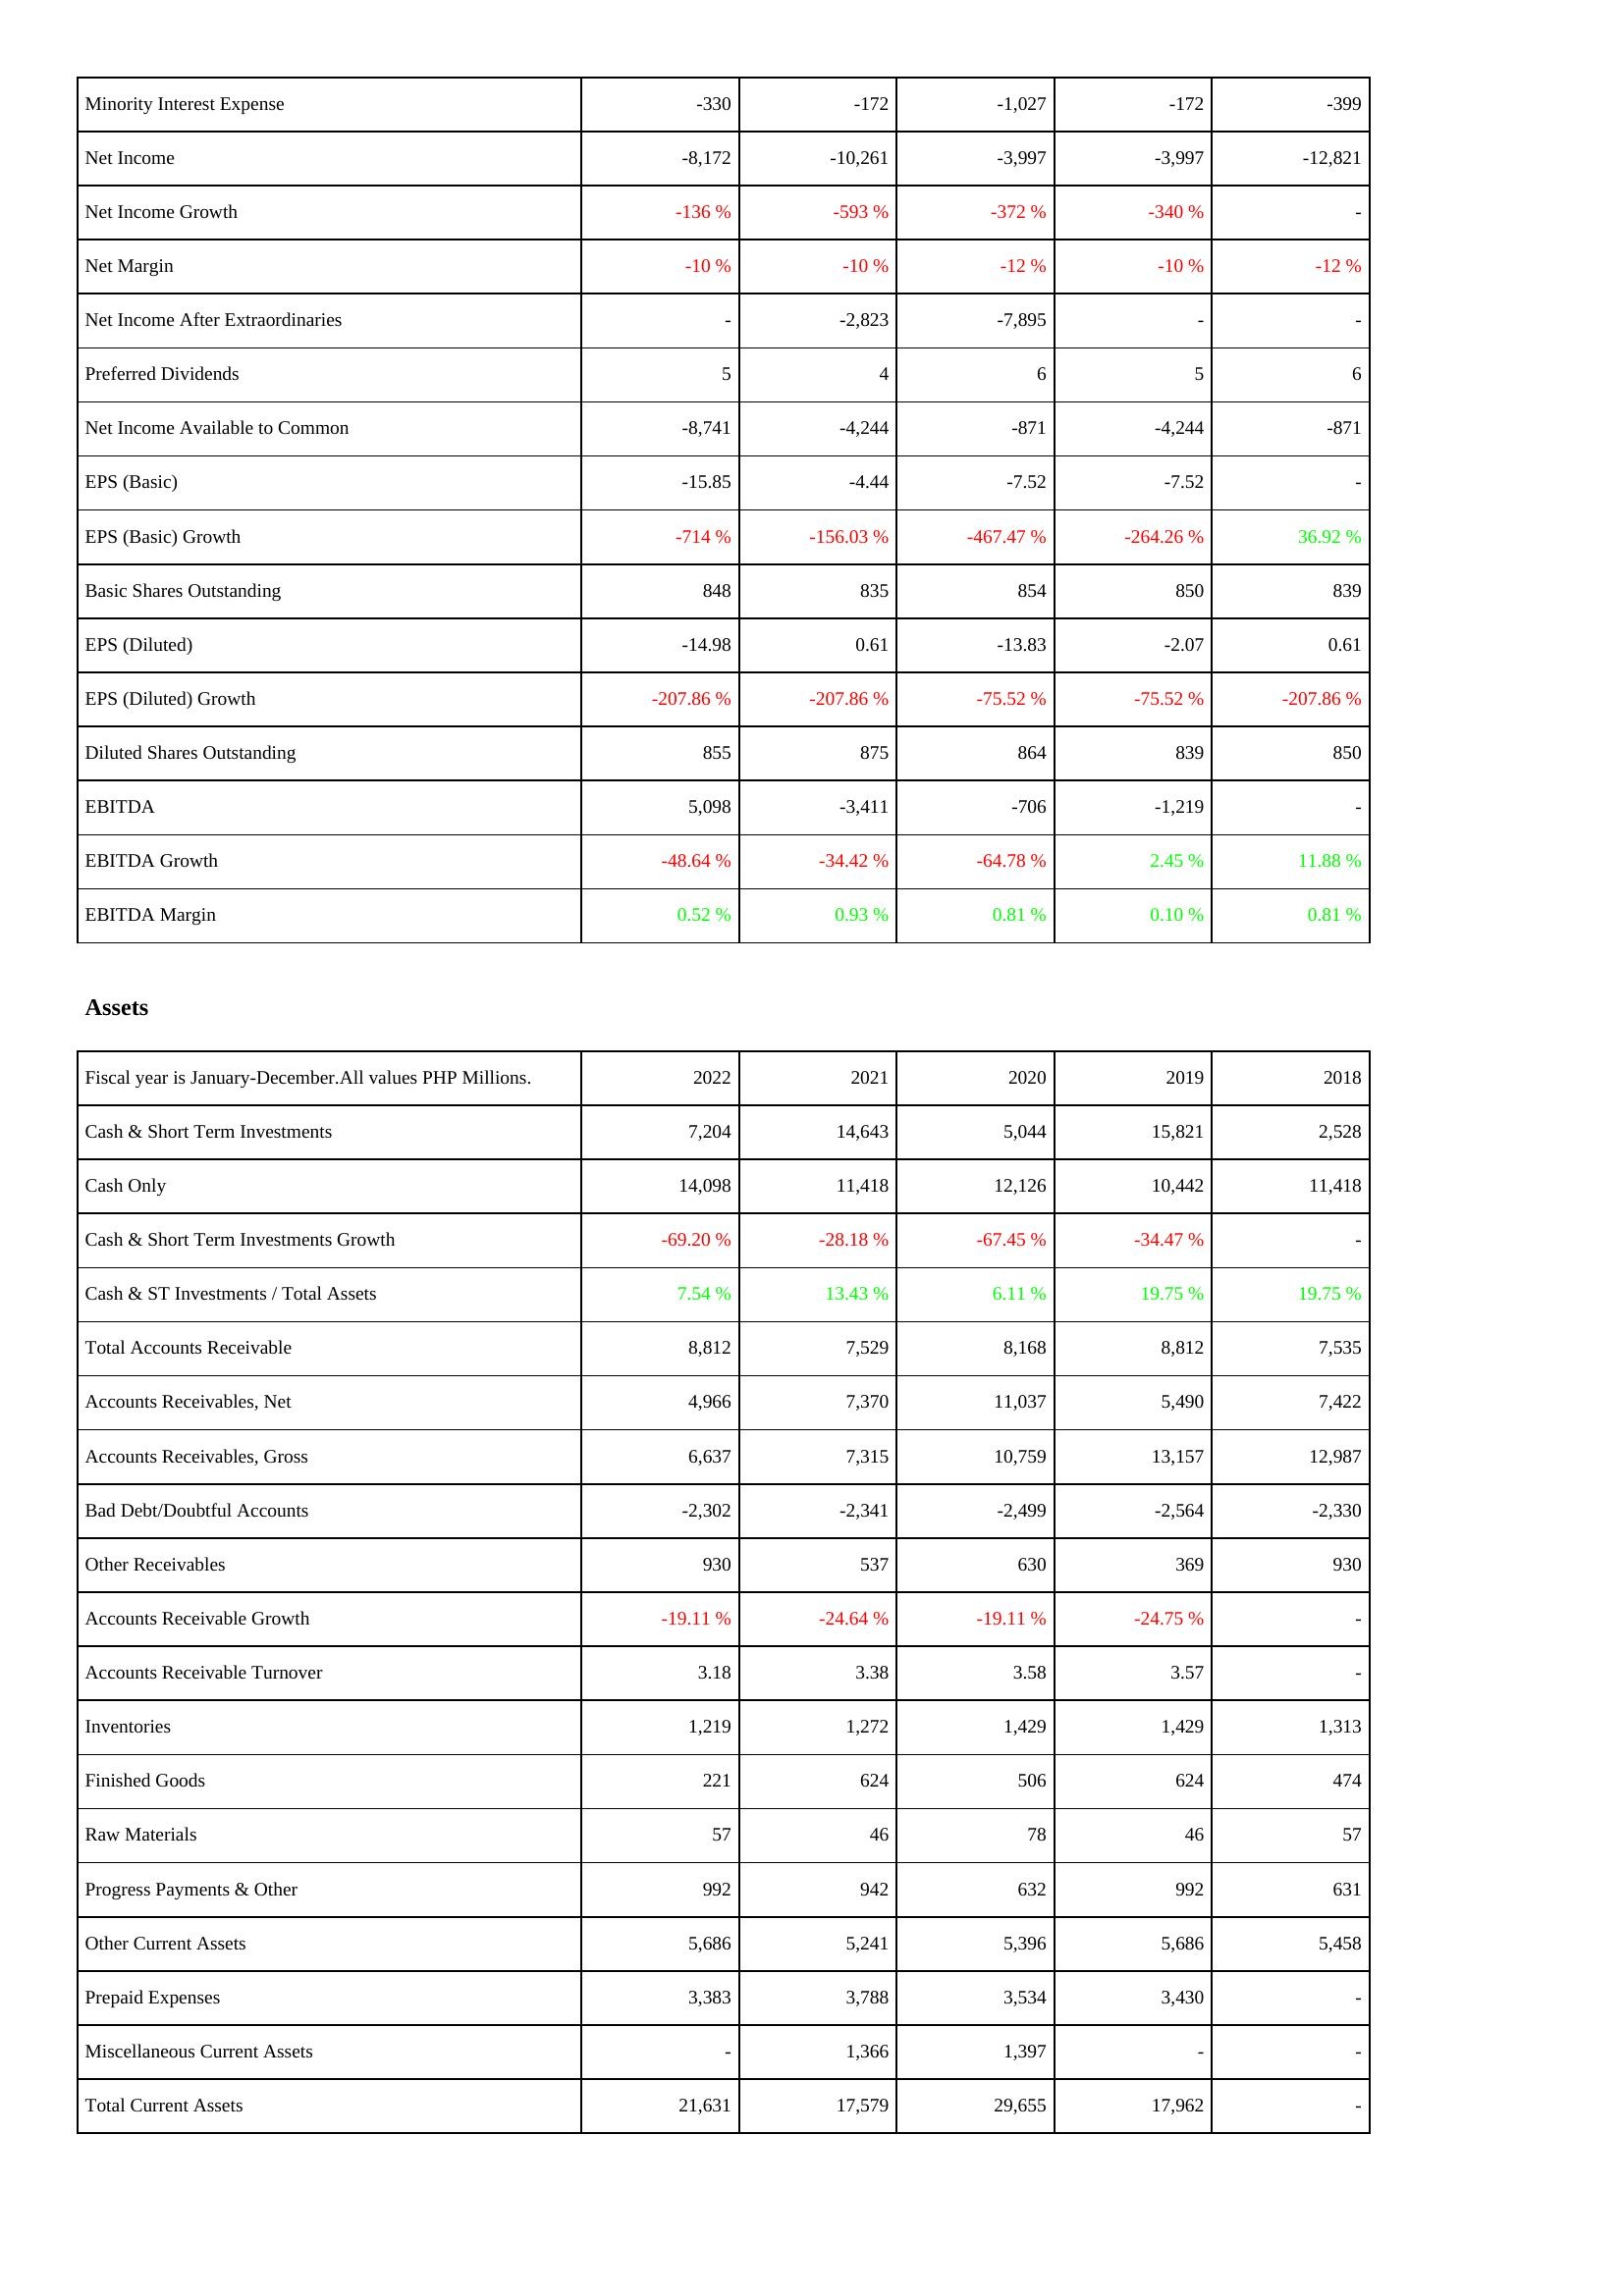
2022: Income Statement: Minority Interest Expense: -330
Net Income: -8,172
Net Income Growth: -136 %
Net Margin: -10 %
Net Income After Extraordinaries: -
Preferred Dividends: 5
Net Income Available to Common: -8,741
EPS (Basic): -15.85
EPS (Basic) Growth: -714 %
Basic Shares Outstanding: 848
EPS (Diluted): -14.98
EPS (Diluted) Growth: -207.86 %
Diluted Shares Outstanding: 855
EBITDA: 5,098
EBITDA Growth: -48.64 %
EBITDA Margin: 0.52 %
Assets: Cash & Short Term Investments: 7,204
Cash Only: 14,098
Cash & Short Term Investments Growth: -69.20 %
Cash & ST Investments / Total Assets: 7.54 %
Total Accounts Receivable: 8,812
Accounts Receivables, Net: 4,966
Accounts Receivables, Gross: 6,637
Bad Debt/Doubtful Accounts: -2,302
Other Receivables: 930
Accounts Receivable Growth: -19.11 %
Accounts Receivable Turnover: 3.18
Inventories: 1,219
Finished Goods: 221
Raw Materials: 57
Progress Payments & Other: 992
Other Current Assets: 5,686
Prepaid Expenses: 3,383
Miscellaneous Current Assets: -
Total Current Assets: 21,631
2021: Income Statement: Minority Interest Expense: -172
Net Income: -10,261
Net Income Growth: -593 %
Net Margin: -10 %
Net Income After Extraordinaries: -2,823
Preferred Dividends: 4
Net Income Available to Common: -4,244
EPS (Basic): -4.44
EPS (Basic) Growth: -156.03 %
Basic Shares Outstanding: 835
EPS (Diluted): 0.61
EPS (Diluted) Growth: -207.86 %
Diluted Shares Outstanding: 875
EBITDA: -3,411
EBITDA Growth: -34.42 %
EBITDA Margin: 0.93 %
Assets: Cash & Short Term Investments: 14,643
Cash Only: 11,418
Cash & Short Term Investments Growth: -28.18 %
Cash & ST Investments / Total Assets: 13.43 %
Total Accounts Receivable: 7,529
Accounts Receivables, Net: 7,370
Accounts Receivables, Gross: 7,315
Bad Debt/Doubtful Accounts: -2,341
Other Receivables: 537
Accounts Receivable Growth: -24.64 %
Accounts Receivable Turnover: 3.38
Inventories: 1,272
Finished Goods: 624
Raw Materials: 46
Progress Payments & Other: 942
Other Current Assets: 5,241
Prepaid Expenses: 3,788
Miscellaneous Current Assets: 1,366
Total Current Assets: 17,579
2020: Income Statement: Minority Interest Expense: -1,027
Net Income: -3,997
Net Income Growth: -372 %
Net Margin: -12 %
Net Income After Extraordinaries: -7,895
Preferred Dividends: 6
Net Income Available to Common: -871
EPS (Basic): -7.52
EPS (Basic) Growth: -467.47 %
Basic Shares Outstanding: 854
EPS (Diluted): -13.83
EPS (Diluted) Growth: -75.52 %
Diluted Shares Outstanding: 864
EBITDA: -706
EBITDA Growth: -64.78 %
EBITDA Margin: 0.81 %
Assets: Cash & Short Term Investments: 5,044
Cash Only: 12,126
Cash & Short Term Investments Growth: -67.45 %
Cash & ST Investments / Total Assets: 6.11 %
Total Accounts Receivable: 8,168
Accounts Receivables, Net: 11,037
Accounts Receivables, Gross: 10,759
Bad Debt/Doubtful Accounts: -2,499
Other Receivables: 630
Accounts Receivable Growth: -19.11 %
Accounts Receivable Turnover: 3.58
Inventories: 1,429
Finished Goods: 506
Raw Materials: 78
Progress Payments & Other: 632
Other Current Assets: 5,396
Prepaid Expenses: 3,534
Miscellaneous Current Assets: 1,397
Total Current Assets: 29,655
2019: Income Statement: Minority Interest Expense: -172
Net Income: -3,997
Net Income Growth: -340 %
Net Margin: -10 %
Net Income After Extraordinaries: -
Preferred Dividends: 5
Net Income Available to Common: -4,244
EPS (Basic): -7.52
EPS (Basic) Growth: -264.26 %
Basic Shares Outstanding: 850
EPS (Diluted): -2.07
EPS (Diluted) Growth: -75.52 %
Diluted Shares Outstanding: 839
EBITDA: -1,219
EBITDA Growth: 2.45 %
EBITDA Margin: 0.10 %
Assets: Cash & Short Term Investments: 15,821
Cash Only: 10,442
Cash & Short Term Investments Growth: -34.47 %
Cash & ST Investments / Total Assets: 19.75 %
Total Accounts Receivable: 8,812
Accounts Receivables, Net: 5,490
Accounts Receivables, Gross: 13,157
Bad Debt/Doubtful Accounts: -2,564
Other Receivables: 369
Accounts Receivable Growth: -24.75 %
Accounts Receivable Turnover: 3.57
Inventories: 1,429
Finished Goods: 624
Raw Materials: 46
Progress Payments & Other: 992
Other Current Assets: 5,686
Prepaid Expenses: 3,430
Miscellaneous Current Assets: -
Total Current Assets: 17,962
2018: Income Statement: Minority Interest Expense: -399
Net Income: -12,821
Net Income Growth: -
Net Margin: -12 %
Net Income After Extraordinaries: -
Preferred Dividends: 6
Net Income Available to Common: -871
EPS (Basic): -
EPS (Basic) Growth: 36.92 %
Basic Shares Outstanding: 839
EPS (Diluted): 0.61
EPS (Diluted) Growth: -207.86 %
Diluted Shares Outstanding: 850
EBITDA: -
EBITDA Growth: 11.88 %
EBITDA Margin: 0.81 %
Assets: Cash & Short Term Investments: 2,528
Cash Only: 11,418
Cash & Short Term Investments Growth: -
Cash & ST Investments / Total Assets: 19.75 %
Total Accounts Receivable: 7,535
Accounts Receivables, Net: 7,422
Accounts Receivables, Gross: 12,987
Bad Debt/Doubtful Accounts: -2,330
Other Receivables: 930
Accounts Receivable Growth: -
Accounts Receivable Turnover: -
Inventories: 1,313
Finished Goods: 474
Raw Materials: 57
Progress Payments & Other: 631
Other Current Assets: 5,458
Prepaid Expenses: -
Miscellaneous Current Assets: -
Total Current Assets: -